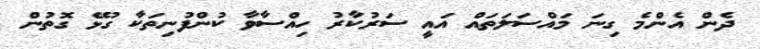
ދެން އެންމެ ގިނަ މައްސަލަތައް އައީ ސަރުކާރު ހިއްސާވާ ކުންފުނިތަކާ ގުޅޭ ގޮތުން